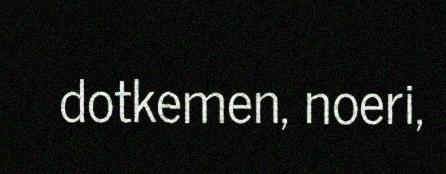
dotkemen, noeri,